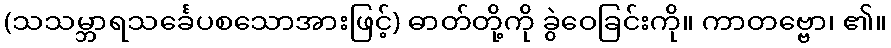
(သသမ္ဘာရသင်္ခေပစသောအားဖြင့်) ဓာတ်တို့ကို ခွဲဝေခြင်းကို။ ကာတဗ္ဗော၊ ၏။